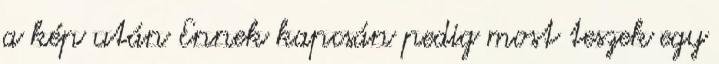
a kép után Ennek kapcsán pedig most teszek egy